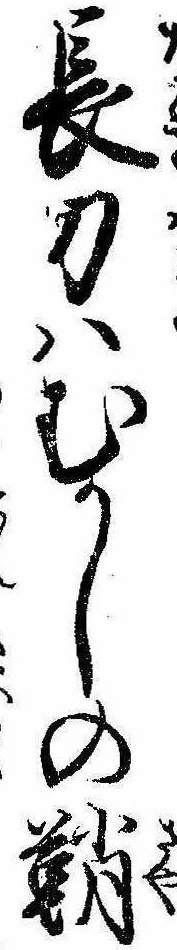
長刀はむかしの鞘